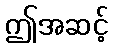
ဤအဆင့်